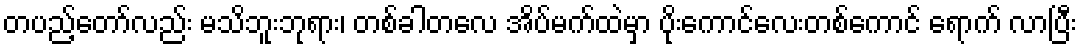
တပည့်တော်လည်း မသိဘူးဘုရား၊ တစ်ခါတလေ အိပ်မက်ထဲမှာ ပိုးကောင်လေးတစ်ကောင် ရောက် လာပြီး